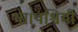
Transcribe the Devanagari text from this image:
था।पश्चिमी